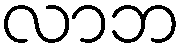
လာဘ